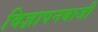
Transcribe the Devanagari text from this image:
विज्ञापनबाजी